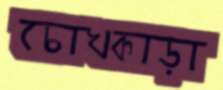
চোখকাড়া